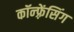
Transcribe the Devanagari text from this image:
कॉन्फ़्रेंसिंग